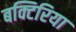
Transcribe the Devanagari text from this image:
बक्टिरिया